Scottish Leaving Certificate Examination, 1956
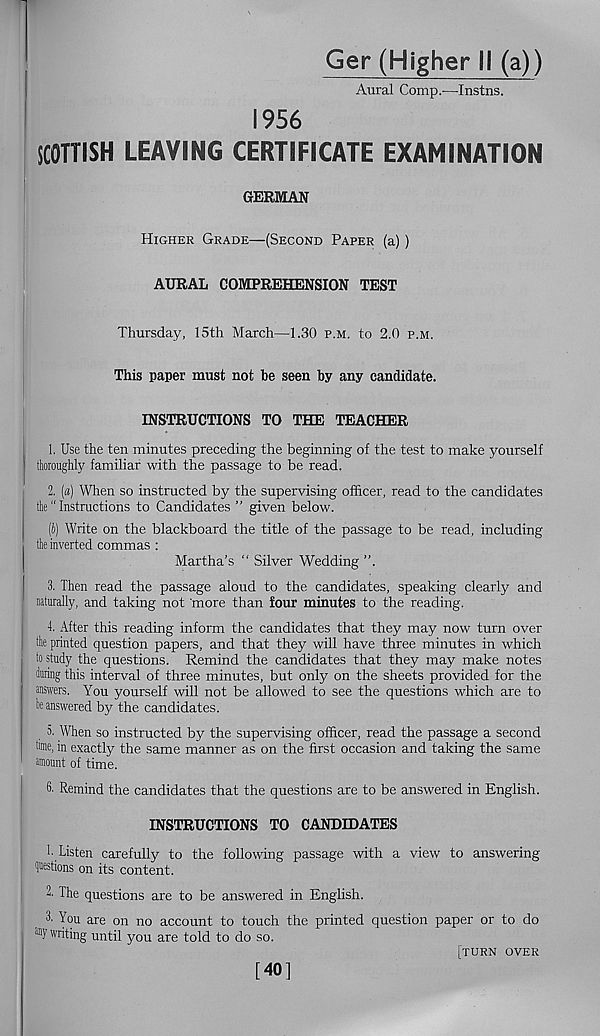
Ger (Higher 11 (a))
Aural Comp.—-Instils.
1956
SCOTTISH LEAVING CERTIFICATE EXAMINATION
GERMAN
Higher Grade—(Second Paper (a) )
AURAL COMPREHENSION TEST
Thursday, 15th March—1.30 p.m. to 2.0 p.m.
This paper must not toe seen toy any candidate.
INSTRUCTIONS TO THE TEACHER
1. Use the ten minutes preceding the beginning of the test to make yourself
I thoroughly familiar with the passage to be read.
2. (a) When so instructed by the supervising officer, read to the candidates
the “ Instructions to Candidates ” given below.
(i) Write on the blackboard the title of the passage to be read, including
the inverted commas :
Martha’s “ Silver Wedding ”.
3. Then read the passage aloud to the candidates, speaking clearly and
naturally, and taking not 'more than four minutes to the reading.
4. After this reading inform the candidates that they may now turn over
the printed question papers, and that they will have three minutes in which
; to study the questions. Remind the candidates that they may make notes
I during this interval of three minutes, but only on the sheets provided for the
| answers. You yourself will not be allowed to see the questions which are to
be answered by the candidates.
5. When so instructed by the supervising officer, read the passage a second
dme, in exactly the same manner as on the first occasion and taking the same
amount of time.
6. Remind the candidates that the questions are to be answered in English.
INSTRUCTIONS TO CANDIDATES
h Listen carefully to the following passage with a view to answering
loestions on its content.
2. The questions are to be answered in English.
3. You are on no account to touch the printed question paper or to do
any writing until you are told to do so.
[turn over
[40]